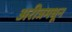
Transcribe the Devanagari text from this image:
अरीत्रमधून